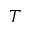
T